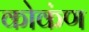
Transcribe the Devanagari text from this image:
कोकंण